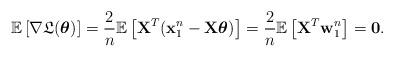
LaTeX: \begin{align*}\mathbb{E} \left[ \nabla \mathfrak{L}(\boldsymbol{\theta}) \right] = \frac{2}{n} \mathbb{E} \left[ \mathbf{X}^T (\mathbf{x}_1^n-\mathbf{X}\boldsymbol{\theta}) \right]=\frac{2}{n}\mathbb{E} \left[ \mathbf{X}^T \mathbf{w}_1^n \right]= \mathbf{0}.\end{align*}